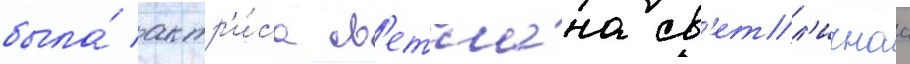
была́ актр'и́са св'етла́на св'етл'ичнаа